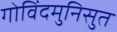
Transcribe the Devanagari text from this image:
गोविंदमुनिसुत